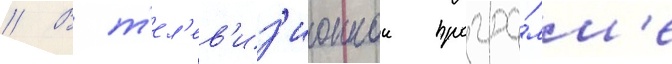
// В т'ел'ев'из'ионнои програ́мм'е